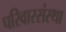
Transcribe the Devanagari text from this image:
परिवारसंस्था